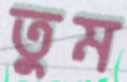
তুম